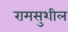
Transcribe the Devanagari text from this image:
रामसुशील